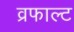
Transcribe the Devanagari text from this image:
व्रफाल्ट